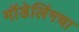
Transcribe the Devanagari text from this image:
मॉडेलिंगचा